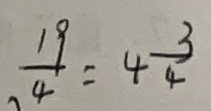
\frac { 1 9 } { 4 } = 4 \frac { 3 } { 4 }